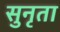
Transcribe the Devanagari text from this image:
सुनृता